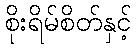
စိုးရိမ်စိတ်နှင့်